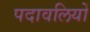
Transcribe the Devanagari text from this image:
पदावलियों